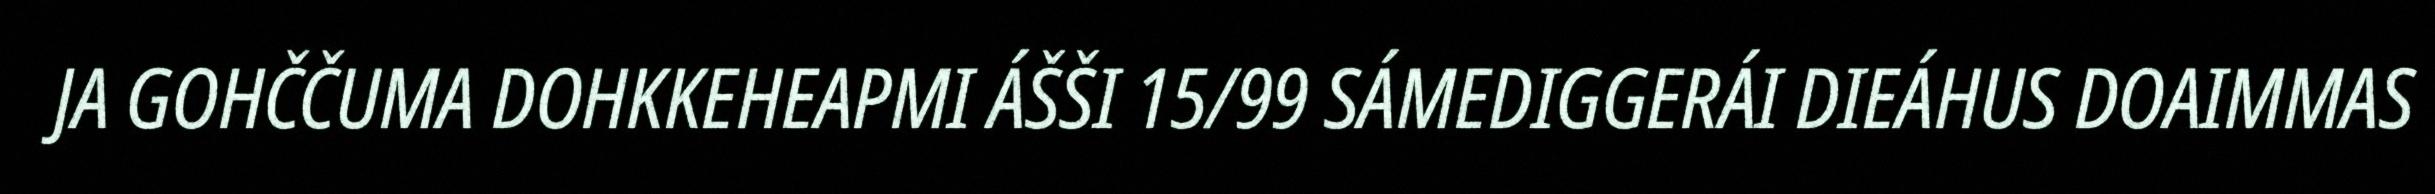
JA GOHČČUMA DOHKKEHEAPMI ÁŠŠI 15/99 SÁMEDIGGERÁI DIEÁHUS DOAIMMAS